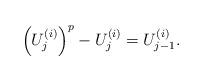
LaTeX: \begin{align*}\left( U_j^{(i)} \right)^p- U_j^{(i)} = U_{j-1}^{(i)}.\end{align*}